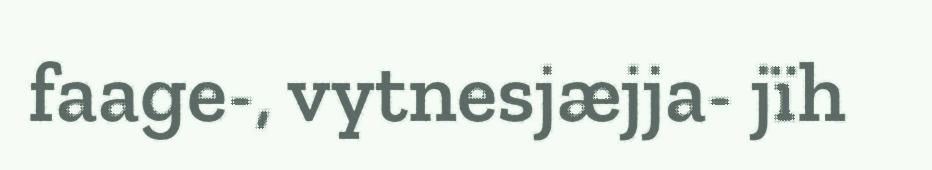
faage-, vytnesjæjja- jïh